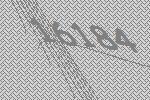
16184